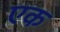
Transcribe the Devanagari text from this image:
एक